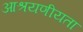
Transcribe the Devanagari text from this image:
आश्रयणीयता